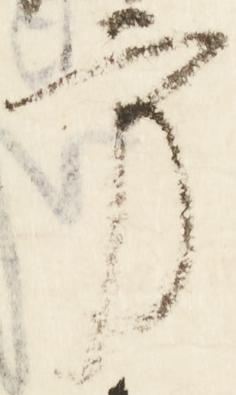
方